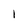
Character: 1